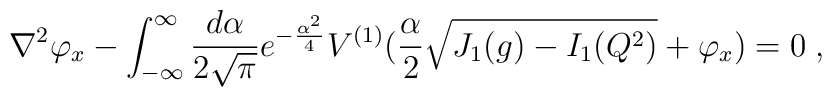
\nabla^2\varphi_x- \int^\infty_{-\infty} {\frac {d\alpha}{2\sqrt{\pi}}}     e^{-{\frac {\alpha^2}{4}}} V^{(1)}({\frac {\alpha}{2}}     \sqrt{J_1(g)-I_1 (Q^2)}+\varphi_x)=0  \;,